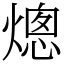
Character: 熜